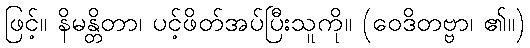
ဖြင့်။ နိမန္တိတာ၊ ပင့်ဖိတ်အပ်ပြီးသူကို။ (ဝေဒိတဗ္ဗာ၊ ၏။)